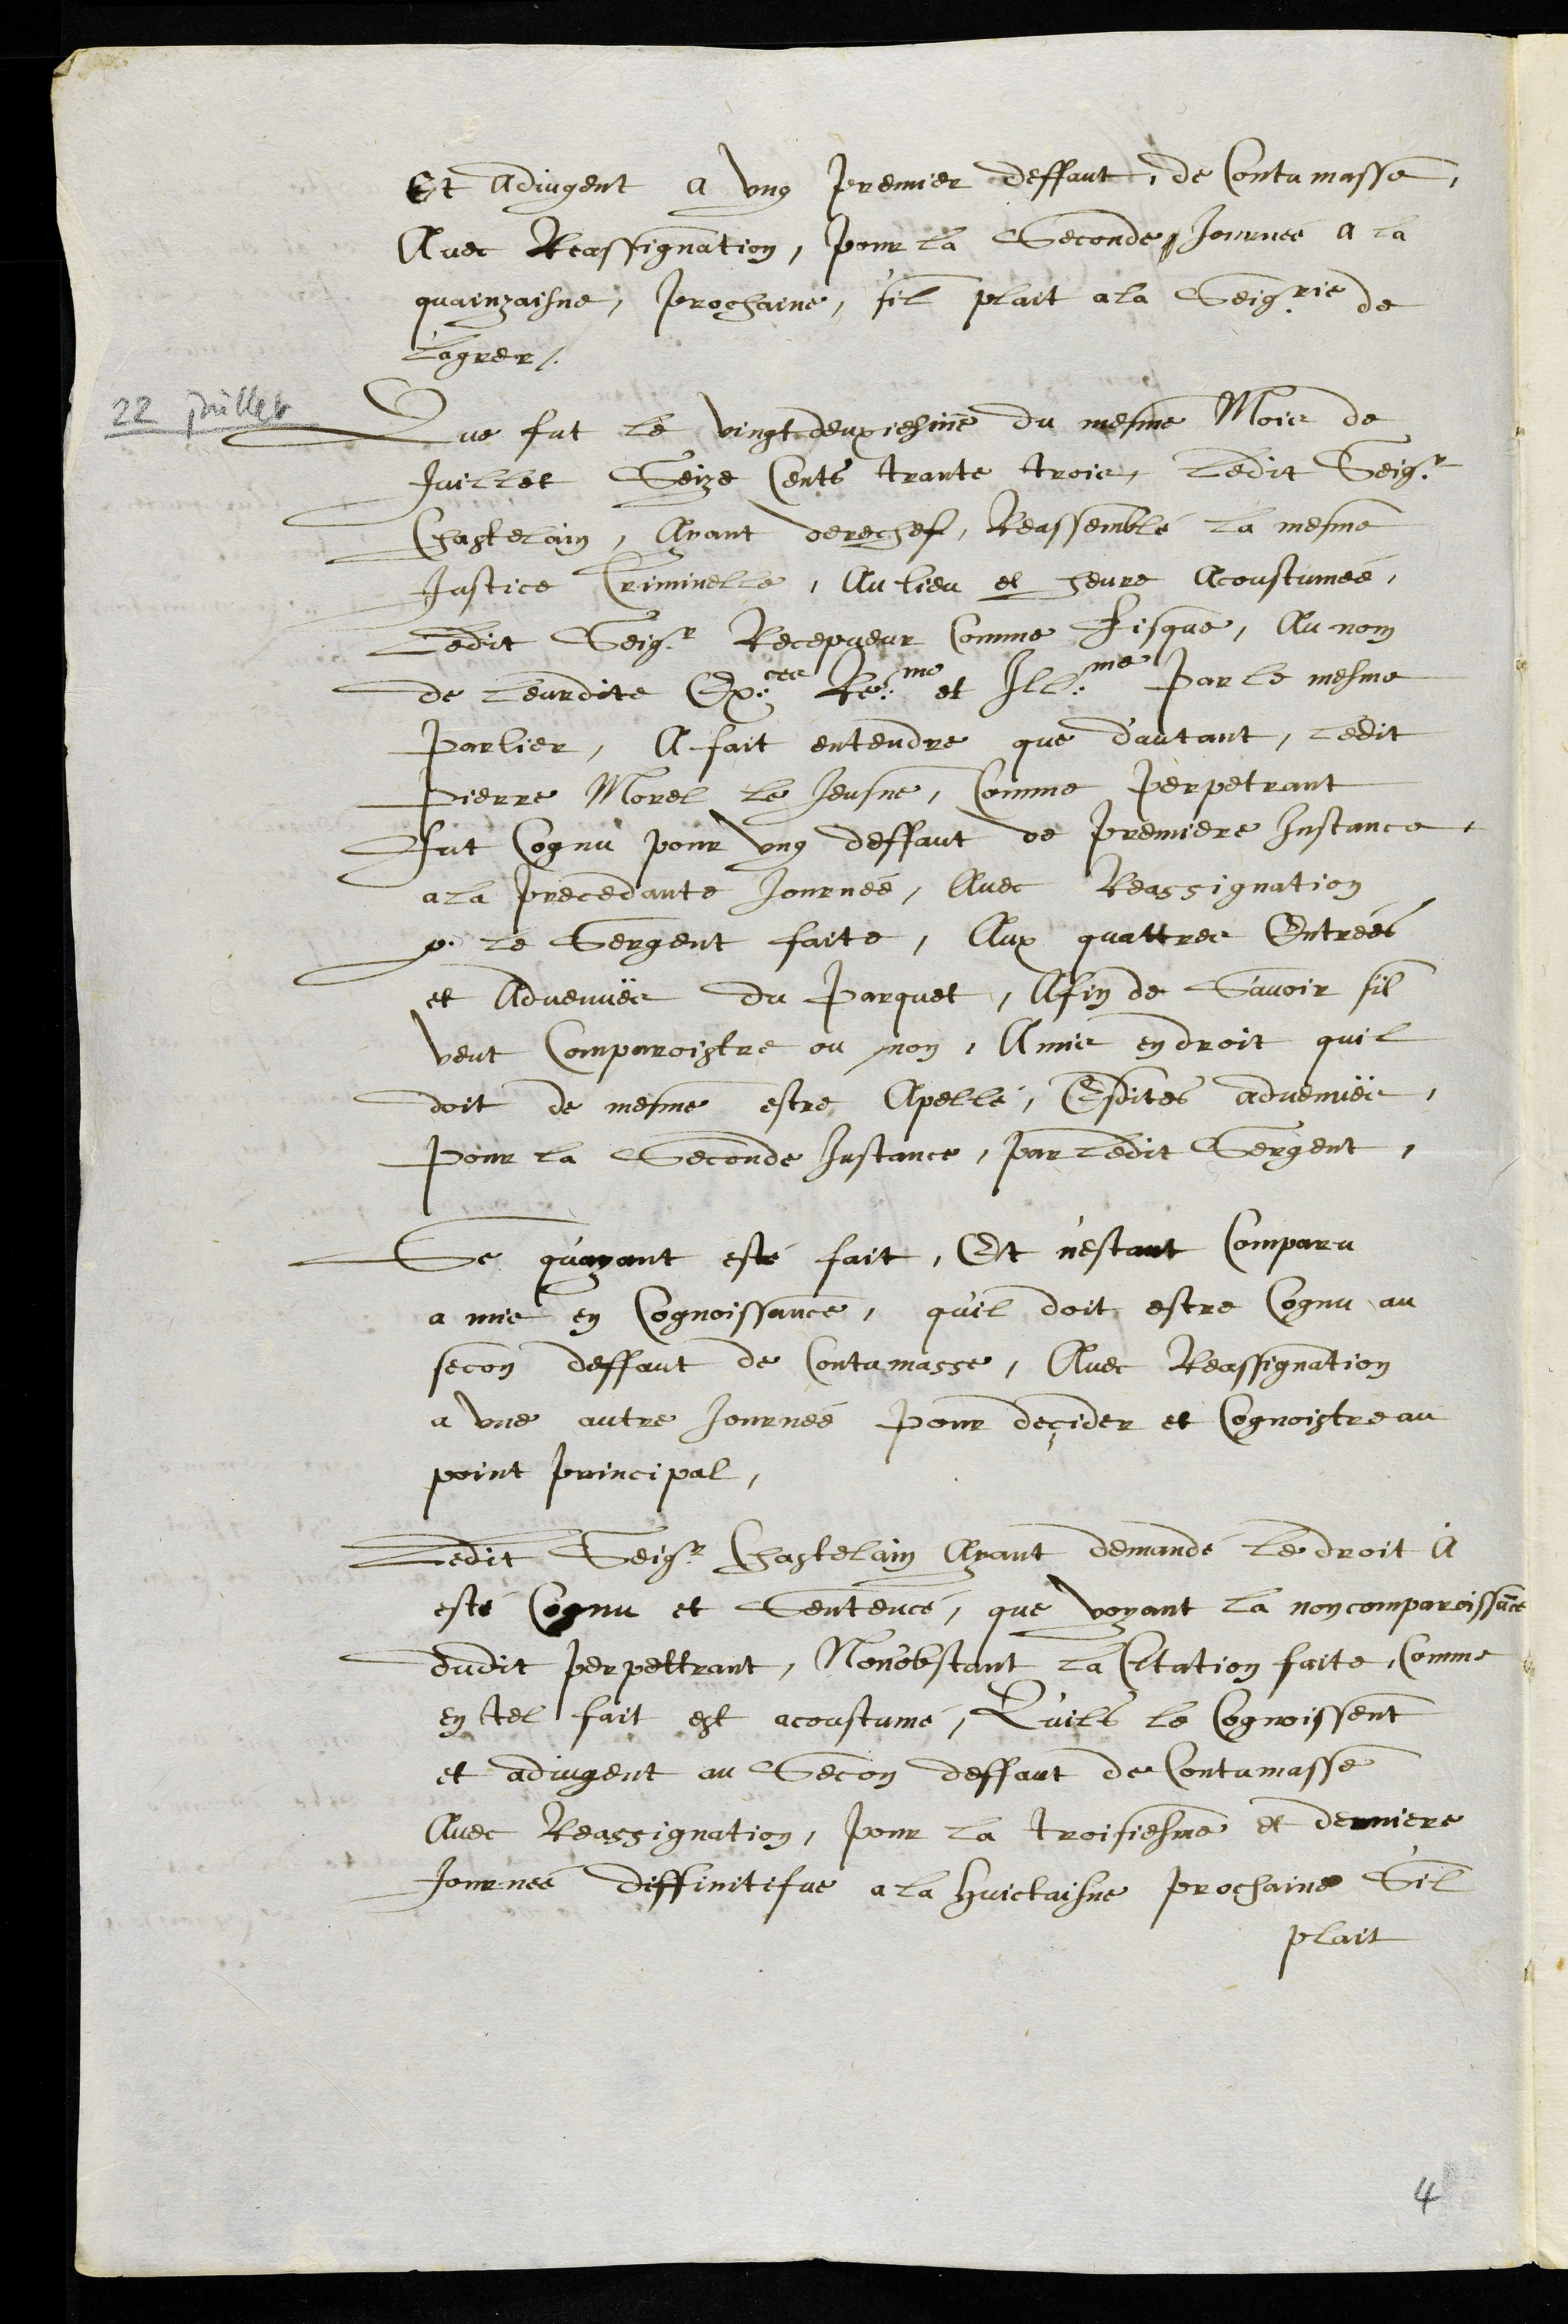
Et adjugent a ung premier deffaut de Contumasse,
Avec Reassignation, pour la Seconde Journee a la
quainzaisne, prochaine, s'il plait a la Seigrie de
L'agrer.
22 juillet
Que fut le vingt deuxiesme du mesme Mois de
Juillet Seize Cents trante trois, ledit Seigr
Chastelain, Ayant derecheff, Reassemblé la mesme
Justice Criminelle, au lieu et heure acoustumée,
Ledit Seigr Recepveur Comme fisque, Au nom
de leurdite Exces Reme et Illme par le mesme
parlier, A fait entendre que d'autant, ledit
Pierre Morel le Jeusne, Comme perpetrant
fut Cognu pour ung deffaut de premiere Instance
a la precedante Journee, Avec Reassignation
par le Sergent faite, Aux quattre entrées
et Advenuës du Parquet, Afin de Savoir s'il
veut Comparoistre ou non, A mis en droit quil
doit de mesme estre Apellé, Esdites advenuës,
Pour la Seconde Instance, par ledit Sergent,
Se quayant esté fait, Et n'estant Comparu
a mis en Cognoissance, qu'il doit estre Cognu au
secon deffaut de Contumasse, Avec Reassignation
a une autre Journee pour deçider et Cognoistre au
point principal,
Ledit Seigr Chastelain Ayant demandé le droit A
esté Cognu et Sentencé, que voyant la non comparoissance
dudit perpettrant, Nonobstant la Citation faite Comme
en tel fait est acoustumé, Quils le Cognoissent
et adjugent au Secon deffaut de Contumasse
Avec Reassignation, pour la troisiesme et derniere
Journee diffinitifve a la huictaine prochaine sil
plait
4